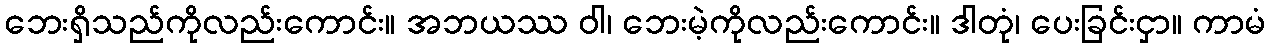
ဘေးရှိသည်ကိုလည်းကောင်း။ အဘယဿ ဝါ၊ ဘေးမဲ့ကိုလည်းကောင်း။ ဒါတုံ၊ ပေးခြင်းငှာ။ ကာမံ